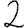
Digit: 2